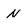
Character: N